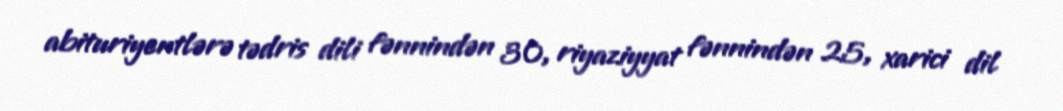
abituriyentlərə tədris dili fənnindən 30, riyaziyyat fənnindən 25, xarici dil